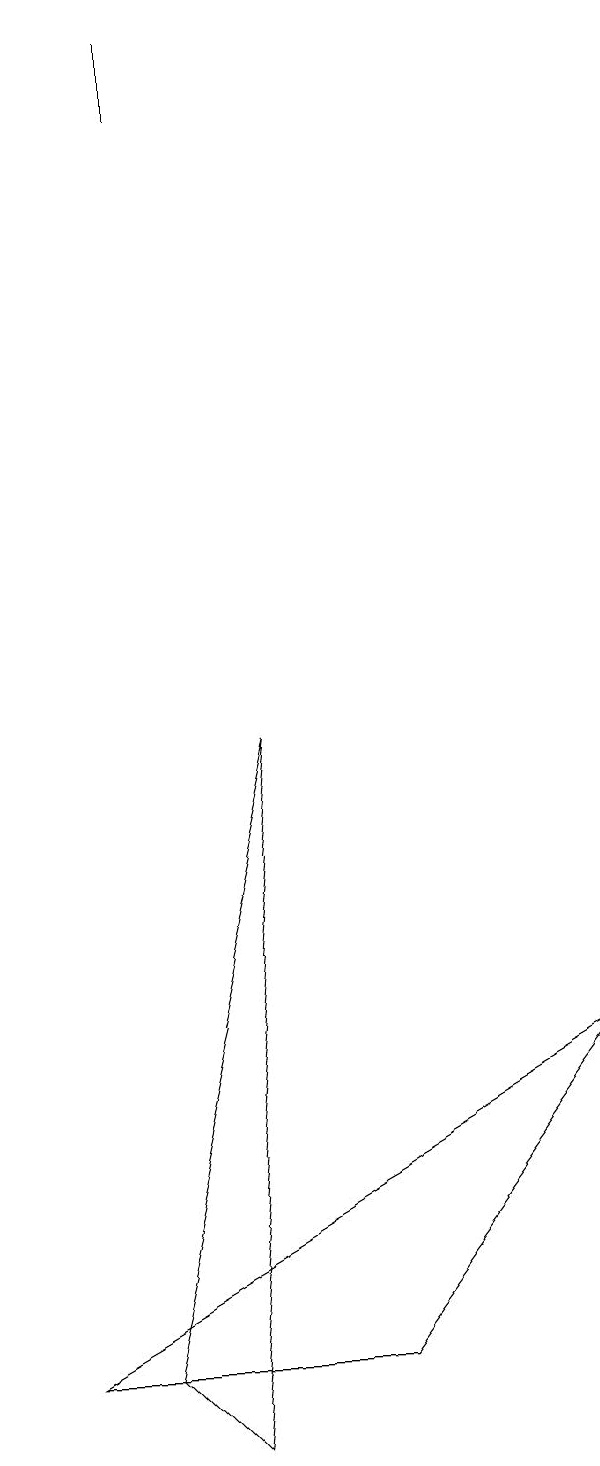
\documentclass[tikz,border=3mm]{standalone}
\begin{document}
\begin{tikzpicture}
\draw (8,5) -- (1,1) -- (5,1) -- cycle;
\draw (2,1) -- (3,0) -- (4,9) -- cycle;
\draw (3,17) rectangle (3,18);
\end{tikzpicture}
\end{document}